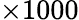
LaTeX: \times 1000